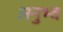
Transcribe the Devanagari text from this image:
अनुभ्व